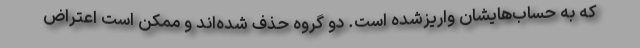
که به حساب‌هایشان واریزشده است. دو گروه حذف شده‌اند و ممکن است اعتراض